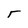
Character: r